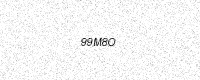
Text: 99M8O